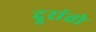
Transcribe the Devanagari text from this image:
दूरांतो